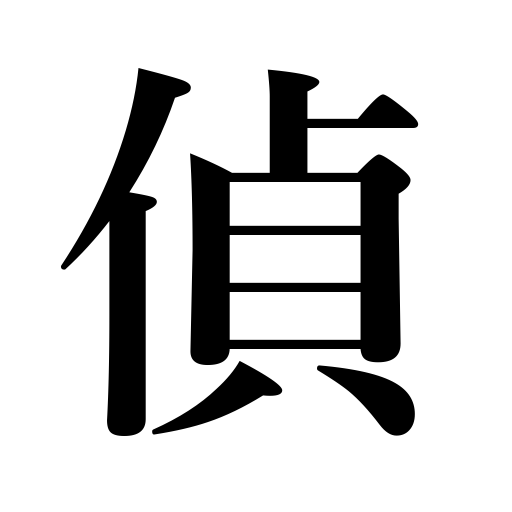
Meanings: spy